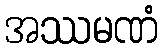
အဿမဏံ